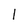
Character: l